Problem: 7 × 7 = ?
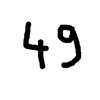
Handwritten answer: 49